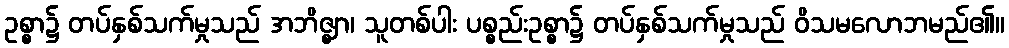
ဥစ္စာ၌ တပ်နှစ်သက်မှုသည် အဘိဇ္ဈာ၊ သူတစ်ပါး ပစ္စည်းဥစ္စာ၌ တပ်နှစ်သက်မှုသည် ဝိသမလောဘမည်၏။